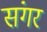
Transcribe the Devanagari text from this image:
संगर